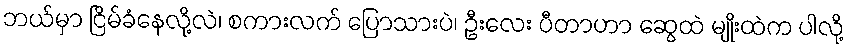
ဘယ်မှာ ငြိမ်ခံနေလို့လဲ၊ စကားလက် ပြောသားပဲ၊ ဦးလေး ပီတာဟာ ဆွေထဲ မျိုးထဲက ပါလို့